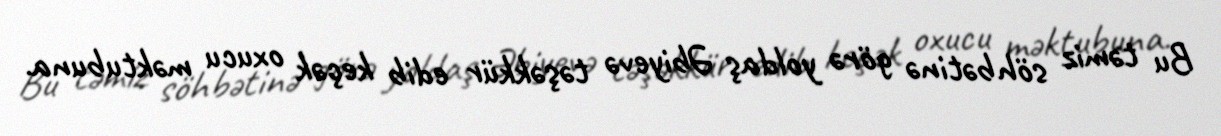
Bu təmiz söhbətinə görə yoldaş Əbiyevə təşəkkür edib keçək oxucu məktubuna.